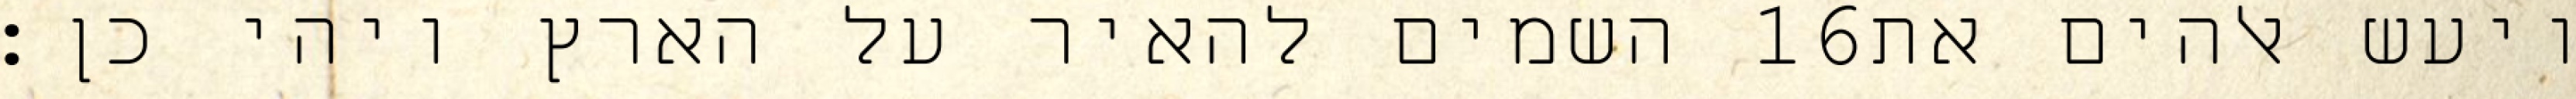
השמים להאיר על הארץ ויהי כן׃ ‎16‏ ויעש אלהים את